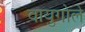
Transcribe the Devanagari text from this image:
वायुगोले